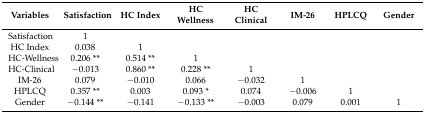
<table><thead><tr><td><b>Variables</b></td><td><b>Satisfaction</b></td><td><b>HC Index</b></td><td><b>HC Wellness</b></td><td><b>HC Clinical</b></td><td><b>IM-26</b></td><td><b>HPLCQ</b></td><td><b>Gender</b></td></tr></thead><tbody><tr><td>Satisfaction</td><td>1</td><td></td><td></td><td></td><td></td><td></td><td></td></tr><tr><td>HC Index </td><td>0.038</td><td>1</td><td></td><td></td><td></td><td></td><td></td></tr><tr><td>HC-Wellness</td><td>0.206 **</td><td>0.514 **</td><td>1</td><td></td><td></td><td></td><td></td></tr><tr><td>HC-Clinical</td><td>−0.013</td><td>0.860 **</td><td>0.228 **</td><td>1</td><td></td><td></td><td></td></tr><tr><td>IM-26</td><td>0.079</td><td>−0.010</td><td>0.066</td><td>−0.032</td><td>1</td><td></td><td></td></tr><tr><td>HPLCQ</td><td>0.357 **</td><td>0.003</td><td>0.093 *</td><td>0.074</td><td>−0.006</td><td>1</td><td></td></tr><tr><td>Gender</td><td>−0.144 **</td><td>−0.141</td><td>−0.133 **</td><td>−0.003</td><td>0.079</td><td>0.001</td><td>1</td></tr></tbody></table>